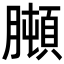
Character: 𦡋